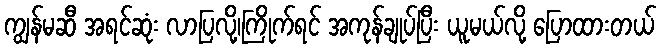
ကျွန်မဆီ အရင်ဆုံး လာပြလို့၊ကြိုက်ရင် အကုန်ချုပ်ပြီး ယူမယ်လို့ ပြောထားတယ်